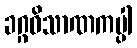
ခဂ္ဂဝိသာဏကပ္ပါ